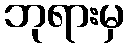
ဘုရားမှ